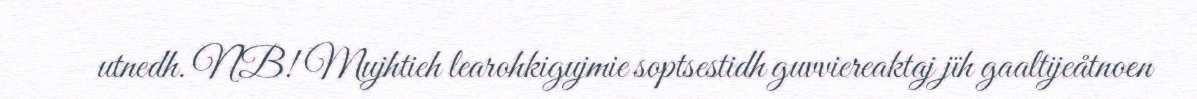
utnedh. NB! Mujhtieh learohkigujmie soptsestidh guvviereaktaj jïh gaaltijeåtnoen